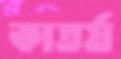
কাতর্য